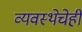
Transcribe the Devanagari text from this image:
व्यवस्थेचेही